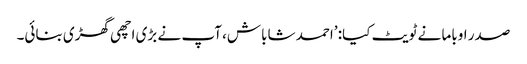
صدر اوباما نے ٹویٹ کیا: ’احمد شاباش، آپ نے بڑی اچھی گھڑی بنائی۔